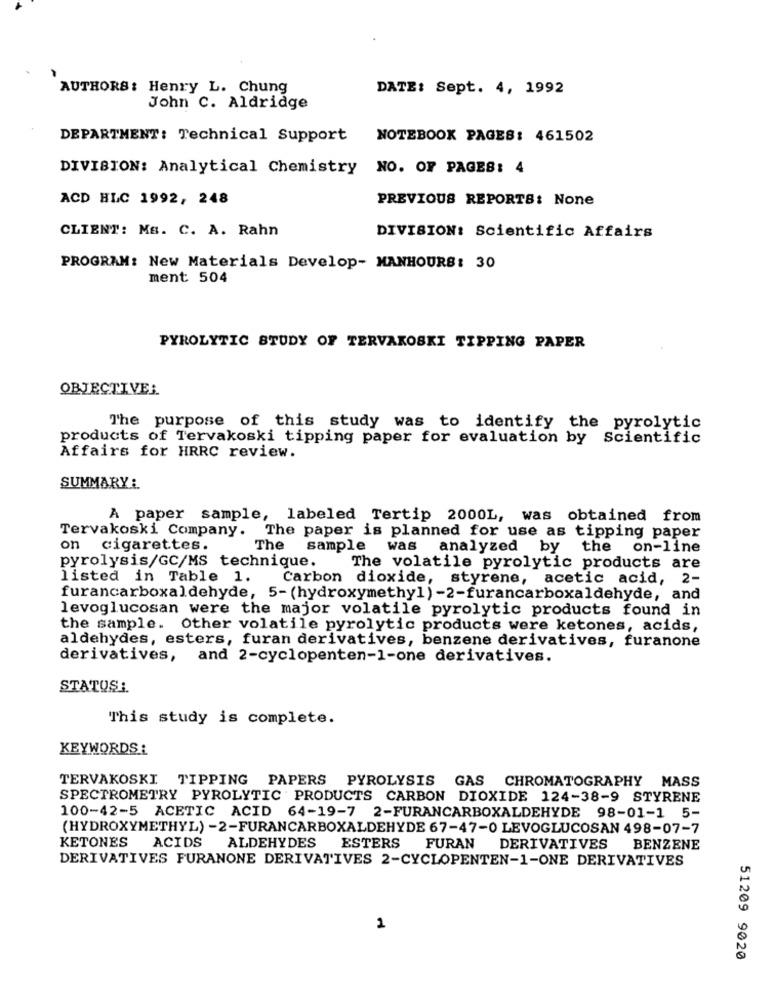
AUTHORS: Henry L. Chung
DATE: Sept. 4, 1992
John C. Aldridge
DEPARTMENT: Technical Support
NOTEBOOK PAGES: 461502
DIVISION: Analytical Chemistry
NO. OF PAGES: 4
ACD HLC 1992, 248
PREVIOUS REPORTS: None
CLIENT: Ms. C. A. Rahn
DIVISION: Scientific Affairs
PROGRAM: New Materials Develop- MANHOURS: 30
ment: 504
PYROLYTIC STUDY OF TERVAKOSKI TIPPING PAPER
OBJECTIVE:
The purpose of this study was to identify the pyrolytic
products of Tervakoski tipping paper for evaluation by Scientific
Affairs for HRRC review.
SUMMARY :.
A paper sample, labeled Tertip 2000L, was obtained from
Tervakoski Company. The paper is planned for use as tipping paper
on cigarettes.
The sample was analyzed by the on-line
pyrolysis/GC/MS technique.
The volatile pyrolytic products are
listed in Table 1. Carbon dioxide, styrene, acetic acid, 2-
furancarboxaldehyde, 5-(hydroxymethyl)-2-furancarboxaldehyde, and
levoglucosan were the major volatile pyrolytic products found in
the sample. Other volatile pyrolytic products were ketones, acids,
aldehydes, esters, furan derivatives, benzene derivatives, furanone
derivatives,
and 2-cyclopenten-1-one derivatives.
STATUS :.
This study is complete.
KEYWORDS :
TERVAKOSKI TIPPING PAPERS PYROLYSIS GAS CHROMATOGRAPHY MASS
SPECTROMETRY PYROLYTIC PRODUCTS CARBON DIOXIDE 124-38-9 STYRENE
100-42-5 ACETIC ACID 64-19-7 2-FURANCARBOXALDEHYDE 98-01-1 5-
(HYDROXYMETHYL) -2-FURANCARBOXALDEHYDE 67-47-0 LEVOGLUCOSAN 498-07-7
KETONES ACIDS
ALDEHYDES
ESTERS
FURAN
DERIVATIVES
BENZENE
DERIVATIVES FURANONE DERIVATIVES 2-CYCLOPENTEN-1-ONE DERIVATIVES
1
51209 9020